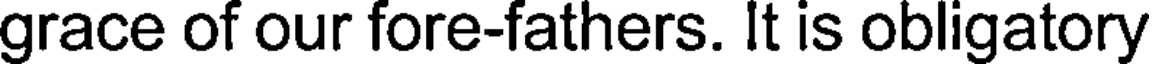
grace of our fore-fathers. It is obligatory